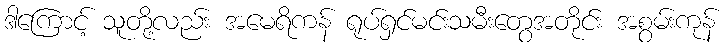
ဒါကြောင့် သူတို့လည်း အမေရိကန် ရုပ်ရှင်မင်းသမီးတွေအတိုင်း အစွမ်းကုန်